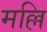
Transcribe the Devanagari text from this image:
मल्लि